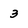
Character: 3